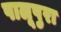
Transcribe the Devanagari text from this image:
पालूपुरा